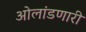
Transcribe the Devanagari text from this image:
ओलांडणारी